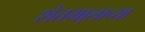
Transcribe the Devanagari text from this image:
शेतमा्लाच्या